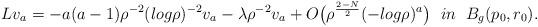
LaTeX: \begin{align*}Lv_a=-a(a-1)\rho^{-2} (log\rho)^{-2} v_a -\lambda \rho^{-2} v_a+O\bigl(\rho^{\frac{2-N}{2}}(-log\rho)^a\bigl) \;\ in \;\ B_g(p_0,r_0).\end{align*}